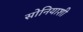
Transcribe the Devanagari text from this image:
सोनियाशी